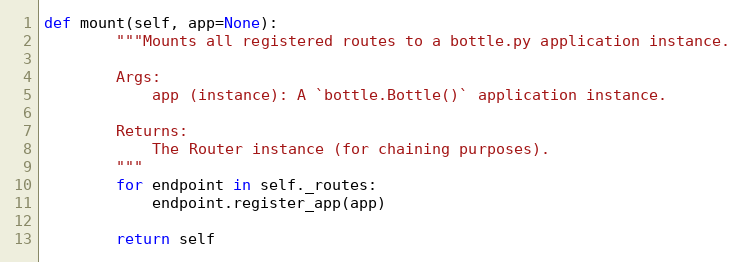
Language: Python
def mount(self, app=None):
        """Mounts all registered routes to a bottle.py application instance.

        Args:
            app (instance): A `bottle.Bottle()` application instance.

        Returns:
            The Router instance (for chaining purposes).
        """
        for endpoint in self._routes:
            endpoint.register_app(app)

        return self